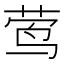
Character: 莺